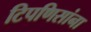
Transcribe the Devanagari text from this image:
टिपणिसांना